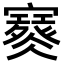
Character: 𡫮